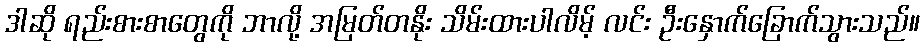
ဒါဆို ရည်းစားစာတွေကို ဘာလို့ အမြတ်တနိုး သိမ်းထားပါလိမ့် လင်း ဦးနှောက်ခြောက်သွားသည်။